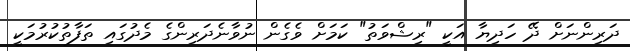
ދަރިންނަށް ދޭ ހަދިޔާ އަކީ "ރިޝްވަތު" ކަމަށް ވެގެން ނުވާނެދަރިންގެ މެދުގައި ތަފާތުކުރުމަކީ